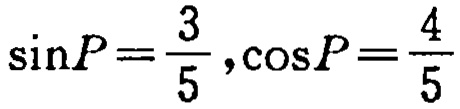
\(\sin P=\frac{3}{5},\cos P=\frac{4}{5}\)